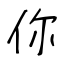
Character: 你